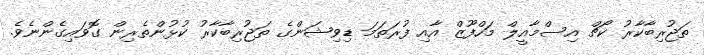
ތަޖުރިބާކާރު ކޯޗް އިސްމާއީލް މަހްފޫޒް އާއި ފުރަތަމަ ޑިވިޝަންގެ ތަޖުރިބާކާރު ކުޅުންތެރިން ގޮވައިގެންނެވެ.